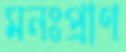
মনঃপ্রাণ